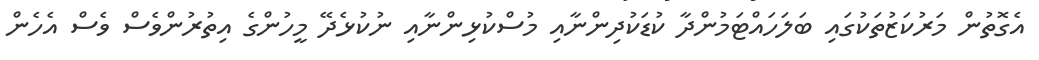
އެގޮތުން މަރުކަޒުތަކުގައި ބަލަހައްޓަމުންދާ ކުޑަކުދިންނާއި މުސްކުޅިންނާއި ނުކުޅެދޭ މީހުންގެ އިތުރުންވެސް ވެސް އެހެން